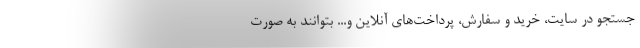
جستجو در سایت،‌ خرید و سفارش،‌ پرداخت‌های آنلاین و... بتوانند به صورت